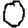
Digit: 0